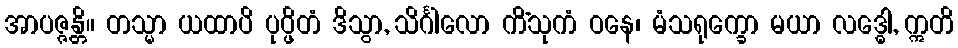
အာပဇ္ဇန္တိ။ တသ္မာ ယထာပိ ပုပ္ဖိတံ ဒိသွာ, သိင်္ဂါလော ကိံသုကံ ဝနေ၊ မံသရုက္ခော မယာ လဒ္ဓေါ, ဣတိ